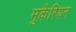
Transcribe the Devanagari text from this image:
मुकेरियन